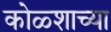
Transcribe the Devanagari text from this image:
कोळ्शाच्या